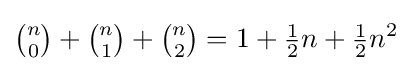
{\tbinom {n}{0}}+{\tbinom {n}{1}}+{\tbinom {n}{2}}=1+{\tfrac {1}{2}}n+{\tfrac {1}{2}}n^{2}